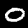
Label: 0